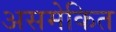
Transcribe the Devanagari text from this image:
असमेकित